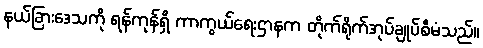
နယ်ခြားဒေသကို ရန်ကုန်ရှိ ကာကွယ်ရေးဌာနက တိုက်ရိုက်အုပ်ချုပ်စီမံသည်။